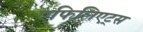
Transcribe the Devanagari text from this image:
एफिलिएट्स